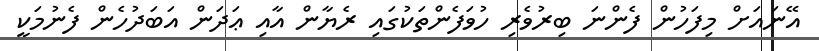
އޭނައަށް މިފަހުން ފެންނަ ބިރުވެރި ހުވަފެންތަކުގައި ރެޔާން އާއި ޢަދަން އަބަދުހެން ފެނުމަކީ